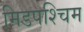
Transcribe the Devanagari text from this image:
मिडपश्चिम